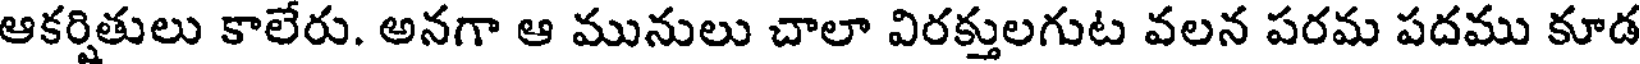
ఆకర్షితులు కాలేరు. అనగా ఆ మునులు చాలా విరక్తులగుట వలన పరమ పదము కూడ